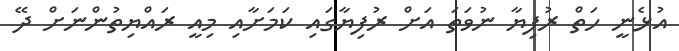
އުޅެނީ ހަތް ރުފިޔާ ނުވަތަ އަށް ރުފިޔާގައި ކަމަށާއި މިއީ ރައްޔިތުންނަށް ދޭ